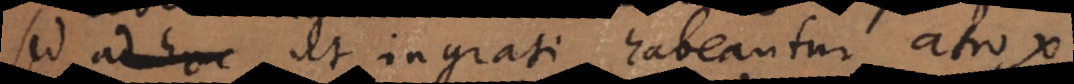
sed ad hoc ut ingrati habeantur atrox